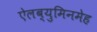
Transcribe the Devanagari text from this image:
ऐलब्युमिनमेह